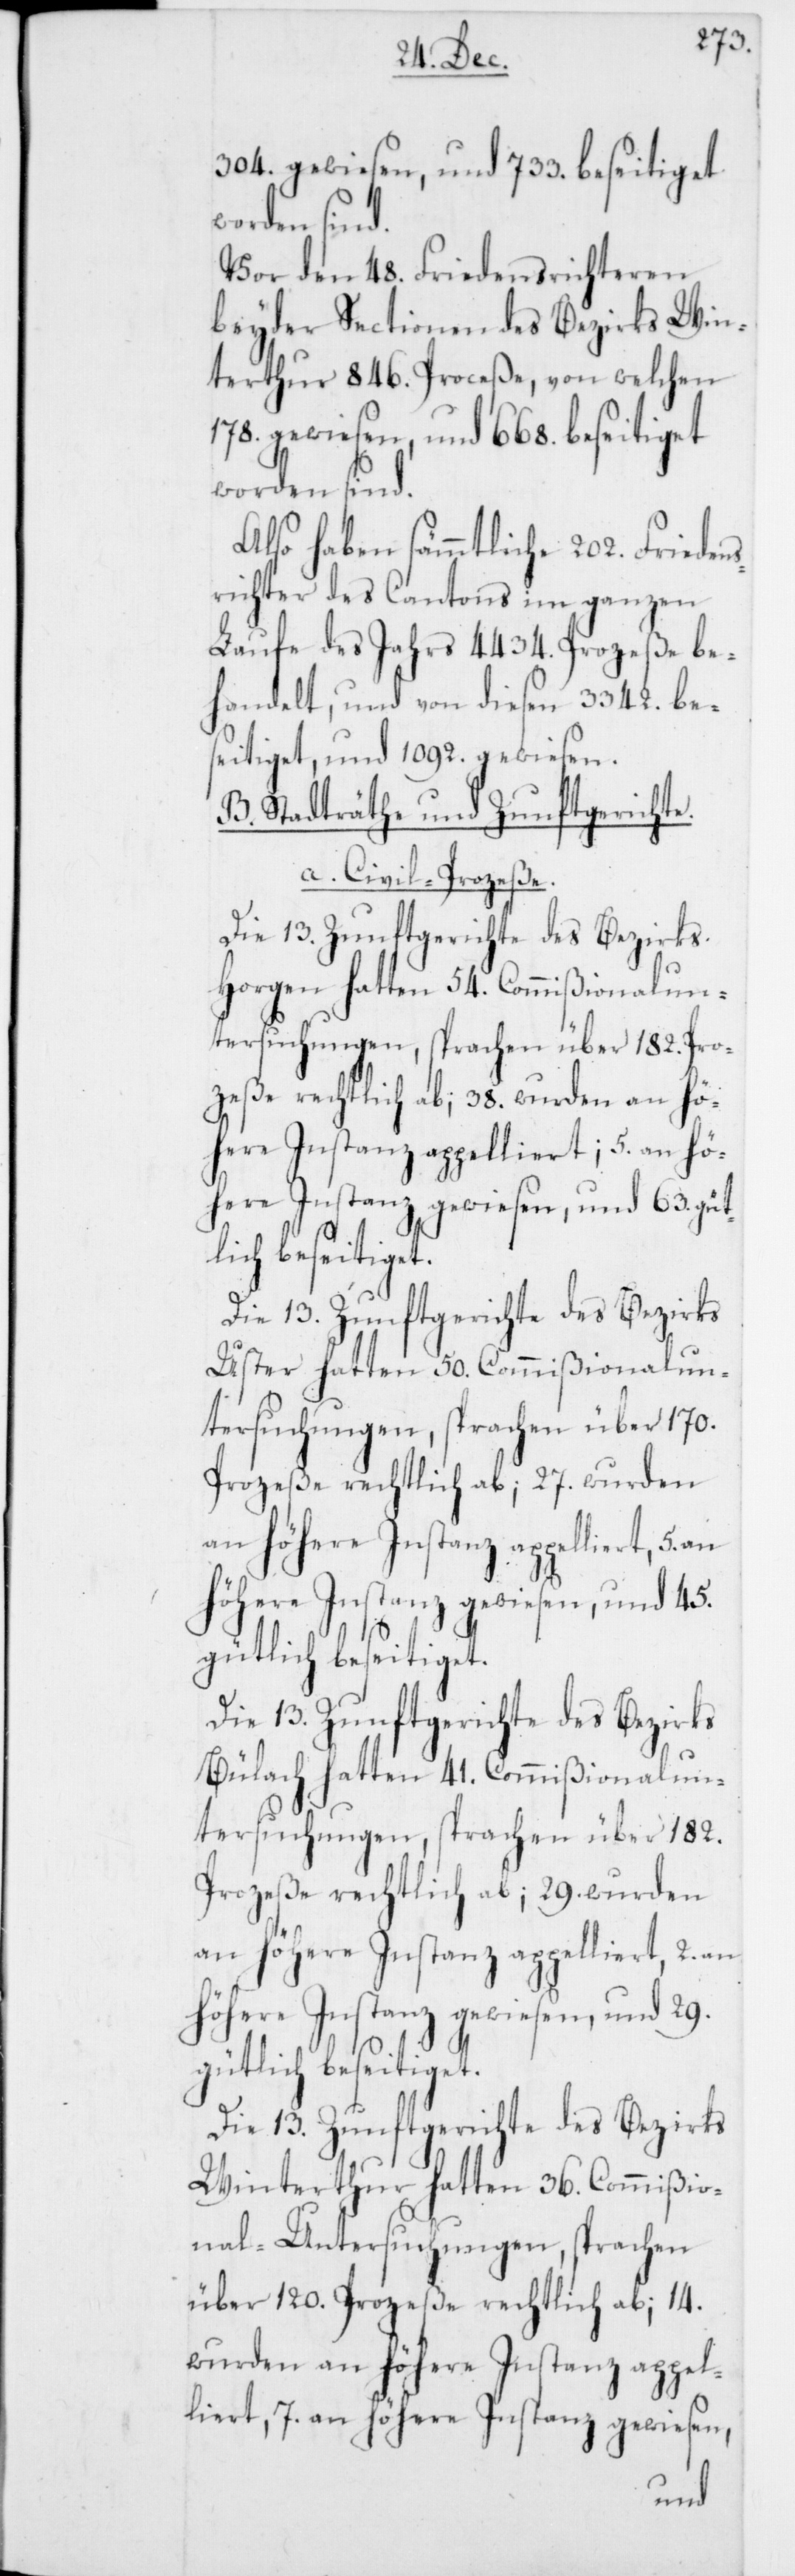
304. gewiesen, und 733. beseitiget
worden sind.
Vor den 48. Friedensrichteren
beyder Sectionen des Bezirks Win¬
terthur 846. Prozeße, von welchen
178. gewiesen, und 668. beseitiget
worden sind.
Also haben sämmtliche 202. Frieden¬
srichter des Cantons im ganzen
Laufe das Jahrs 4434. Prozeße be¬
handelt, und von diesen 3342. be¬
seitiget, und 1092. gewiesen.
B. Stadträthe und Zunftgerichte.
a. Civil-Prozeße.
Die 13. Zunftgerichte des Bezirks
Horgen hatten 54. Commißionalun¬
tersuchungen, sprachen über 182. Pro¬
zeße rechtlich ab; 38. wurden an hö¬
here Instanz appelliert; 5. an hö¬
Die 13. Zunftgerichte des Bezirks
Uster hatten 50. Commißionalun¬
tersuchungen, sprachen über 170.
Prozeße rechtlich ab; 27. wurden
höhere Instanz gewiesen, und 45.
gütlich beseitiget.
Die 13. Zunftgerichte des Bezirks
Bülach hatten 41. Commißionalun¬
tersuchungen, sprachen über 182.
Prozeße rechtlich ab; 29. wurden
an höhere Instanz appelliert, 2. an
höhere Instanz gewiesen, und 29.
Die 13. Zunftgerichte des Bezirks
Winterthur hatten 36. Commißio¬
nal-Untersuchungen, sprachen
über 120. Prozeße rechtlich ab; 14.
wurden an höhere Instanz appel¬
liert, 7. an höhere Instanz gewiesen,